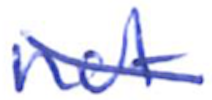
Text: not
Cross-out: diagonal
Writing tool: ballpoint